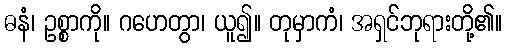
ဓနံ၊ ဥစ္စာကို။ ဂဟေတွာ၊ ယူ၍။ တုမှာကံ၊ အရှင်ဘုရားတို့၏။